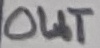
Text: OUT